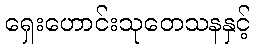
ရှေးဟောင်းသုတေသနနှင့်